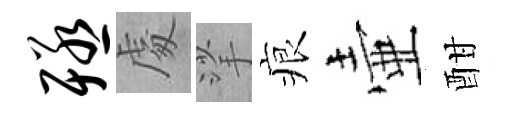
殛䖏挲痕壷酣